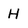
Character: H